Annual vaccination report of Bihar and Orissa - 1911-1928
Year: 1911
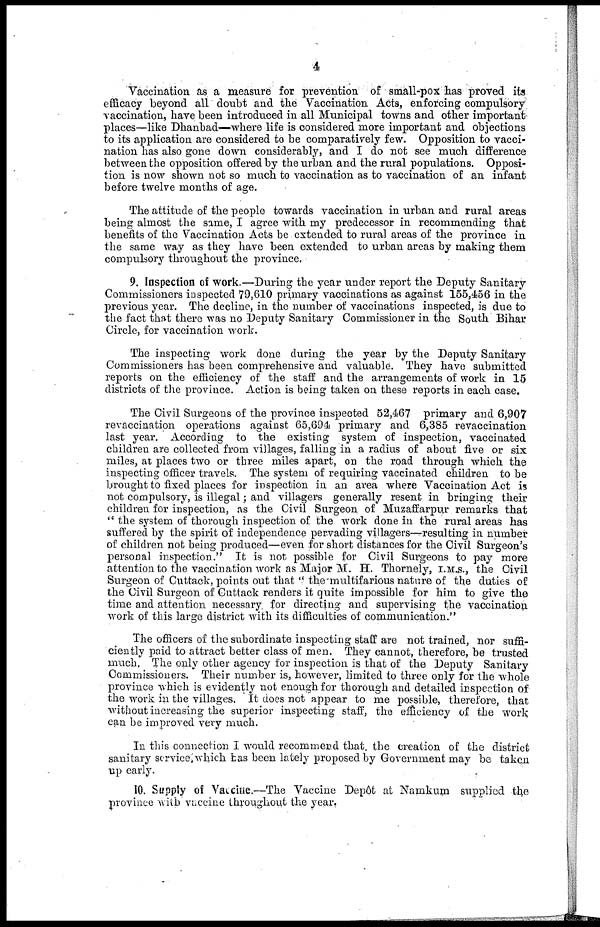
4
Vaccination as a measure for prevention of small-pox has proved its
efficacy beyond all doubt and the Vaccination Acts, enforcing compulsory
vaccination, have been introduced in all Municipal towns and other important-
places—like Dhanbad—where life is considered more important and objections
to its application are considered to be comparatively few. Opposition to vacci-
nation has also gone down considerably, and I do not see much difference
between the opposition offered by the urban and the rural populations. Opposi¬
tion is now shown not so much to vaccination as to vaccination of an infant
before twelve months of age.
The attitude of the people towards vaccination in urban and rural areas
being almost the same, I agree with my predecessor in recommending that
benefits of the Vaccination Acts be extended to rural areas of the province in
the same way as they have been extended to urban areas by making them
compulsory throughout the province.
9. Inspection of work.—During the year under report the Deputy Sanitary
Commissioners inspected 79,610 primary vaccinations as against 155,456 in the
previous year. The decline, in the number of vaccinations inspected, is due to
the fact that there was no Deputy Sanitary Commissioner in the South Bihar
Circle, for vaccination work.
The inspecting work done during the year by the Deputy Sanitary
Commissioners has been comprehensive and valuable. They have submitted
reports on the efficiency of the staff and the arrangements of work in 15
districts of the province. Action is being taken on these reports in each case.
The Civil Surgeons of the province inspected 52,467 primary and 6,907
revaccination operations against 65,694 primary and 6,385 revaccination
last year. According to the existing system of inspection, vaccinated
children are collected from villages, falling in a radius of about five or six
miles, at places two or three miles apart, on the road through which the
inspecting officer travels. The system of requiring vaccinated children to be
brought to fixed places for inspection in an area where Vaccination Act is
not compulsory, is illegal; and villagers generally resent in bringing their
children for inspection, as the Civil Surgeon of Muzaffarpur remarks that
" the system of thorough inspection of the work done in the rural areas has
suffered by the spirit of independence pervading villagers— resulting in number
of children not being produced—even for short distances for the Civil Surgeon's
personal inspection." It is not possible for Civil Surgeons to pay more
attention to the vaccination work as Major M. H. Thornely, I.M.S., the Civil
Surgeon of Cuttack, points out that " the multifarious nature of the duties of
the Civil Surgeon of Cuttack renders it quite impossible for him to give the
time and attention necessary for directing and supervising the vaccination
work of this large district with its difficulties of communication."
The officers of the subordinate inspecting staff are not trained, nor suffi-
ciently paid to attract better class of men. They cannot, therefore, be trusted
much. The only other agency for inspection is that of the Deputy Sanitary
Commissioners. Their number is, however, limited to three only for the whole
province which is evidently not enough for thorough and detailed inspection of
the work in the villages. It does not appear to me possible, therefore, that
without increasing the superior inspecting staff, the efficiency of the work
can be improved very much.
In this connection I would recommend that. the creation of the district
sanitary service which has been lately proposed by Government may be taken
up early.
10. Supply of Vaccine.—The Vaccine Depôt at Namkum supplied the
province with vaccine throughout the year.